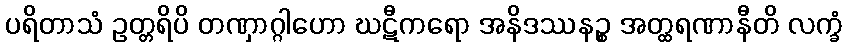
ပရိတာသံ ဥတ္တရိပိ တဏှာဂ္ဂါဟော ဃဋီကရော အနိဒဿနဉ္စ အတ္ထရဏာနီတိ လက္ခံ